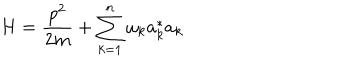
LaTeX: H = \frac { p ^ { 2 } } { 2 m } + \sum _ { k = 1 } ^ { n } \omega _ { k } a _ { k } ^ { * } a _ { k }